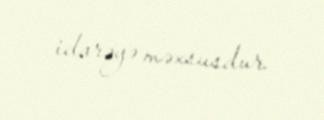
idarəyə məxsusdur.